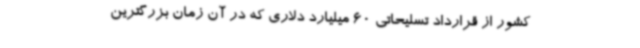
کشور از قرارداد تسلیحاتی 60 میلیارد دلاری که در آن زمان بزرگترین